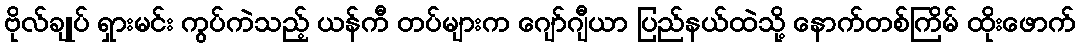
ဗိုလ်ချုပ် ရှားမင်း ကွပ်ကဲသည့် ယန်ကီ တပ်များက ဂျော်ဂျီယာ ပြည်နယ်ထဲသို့ နောက်တစ်ကြိမ် ထိုးဖောက်